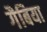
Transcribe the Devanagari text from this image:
गैबिया